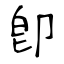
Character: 卽